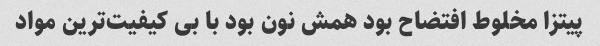
پیتزا مخلوط افتضاح بود همش نون بود با بی کیفیت‌ترین مواد